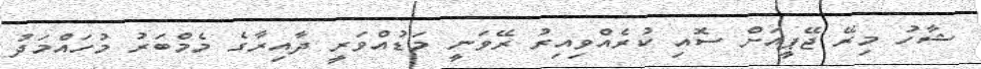
ޝާހު މިރޭ ޖޭޕީއަށް ސޮއި ކުރެއްވިއިރު ރޭވަނީ މަޑުއްވަރީ ދާއިރާގެ މެމްބަރު މުހައްމަދު